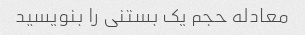
معادله حجم یک بستنی را بنویسید